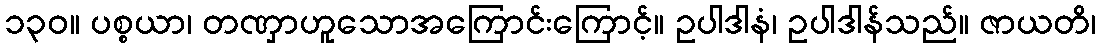
၁၃၀။ ပစ္စယာ၊ တဏှာဟူသောအကြောင်းကြောင့်။ ဥပါဒါနံ၊ ဥပါဒါန်သည်။ ဇာယတိ၊